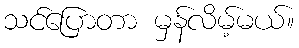
သင်ပြောတာ မှန်လိမ့်မယ်။